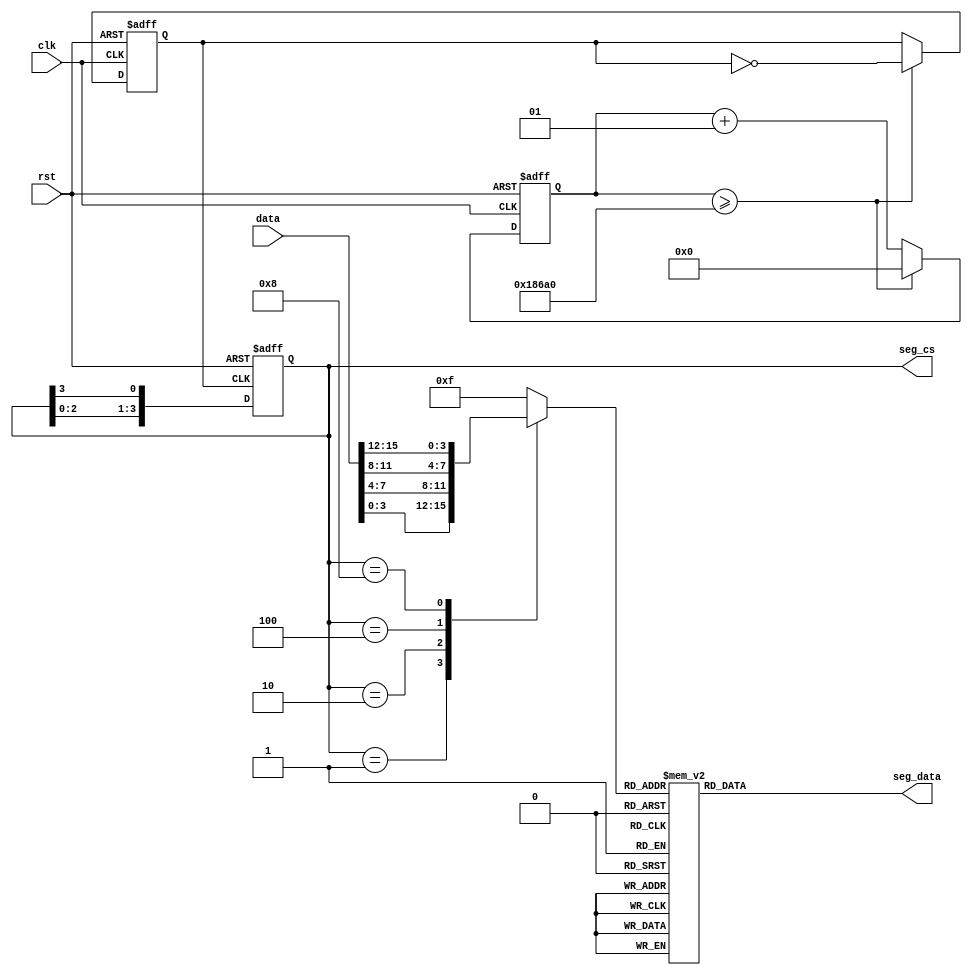
`timescale 1ns / 1ps
//////////////////////////////////////////////////////////////////////////////////
// Company: Tianjin Uneiversity
// 
// Design Name: 
// Module Name: time_design
// Project Name: 
// Target Devices: 
// Tool Versions: 
// Description: 
// 
// Dependencies: 
// 
// Revision:
// Revision 0.01 - File Created
// Additional Comments:
// 
//////////////////////////////////////////////////////////////////////////////////


module time_design(input clk,
   input rst,
   input [15:0]data,
   output reg [7:0]seg_data,
   output reg [3:0]seg_cs
    );
    
 reg clk_500HZ;
 integer clk_cnt;
 always @(posedge clk or posedge rst)
 begin
    if(rst)
    begin
        clk_500HZ <= 0;
        clk_cnt <= 0;
    end
    else
    begin
        if(clk_cnt >= 100_000)
            begin
                clk_cnt <= 0;
                clk_500HZ <= ~clk_500HZ;
            end
            else
            begin
                clk_cnt <= clk_cnt + 1;
            end
    end
 end
 
always @ (posedge clk_500HZ or posedge rst)
    if(rst) 
        seg_cs <= 4'b0001;
    else
        seg_cs <= {seg_cs[2:0], seg_cs[3]};
        
reg [3:0] dis_data;
always @(seg_cs)
    case(seg_cs)
    4'b0001:dis_data = data[3:0];
    4'b0010:dis_data = data[7:4];
    4'b0100:dis_data = data[11:8];
    4'b1000:dis_data = data[15:12];
    default:dis_data = 4'hf;
    endcase
    
always @(dis_data)
case(dis_data)
    04'h0:seg_data = 8'h3F;
    04'h1:seg_data = 8'h06;
    04'h2:seg_data = 8'h5B;
    04'h3:seg_data = 8'h4F;
    04'h4:seg_data = 8'h66;
    04'h5:seg_data = 8'h6D;
    04'h6:seg_data = 8'h7D;
    04'h7:seg_data = 8'h07;
    04'h8:seg_data = 8'h7F;
    04'h9:seg_data = 8'h6F;
    04'ha:seg_data = 8'h77;
    04'hb:seg_data = 8'h7C;
    04'hc:seg_data = 8'h39;
    04'hd:seg_data = 8'h5E;
    04'he:seg_data = 8'h79;
    04'hf:seg_data = 8'h40;
    default:seg_data = 8'hFF;
    endcase
endmodule